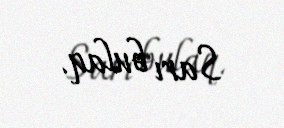
Sarı bulaq.